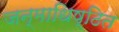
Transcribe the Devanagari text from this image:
जन्माधिष्ठित